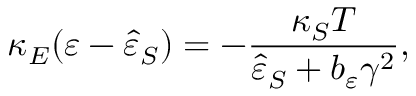
\kappa _ { E } ( \varepsilon - \hat { \varepsilon } _ { S } ) = - \frac { \kappa _ { S } T } { \hat { \varepsilon } _ { S } + b _ { \varepsilon } \gamma ^ { 2 } } ,